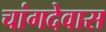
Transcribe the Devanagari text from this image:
चांगदेवास